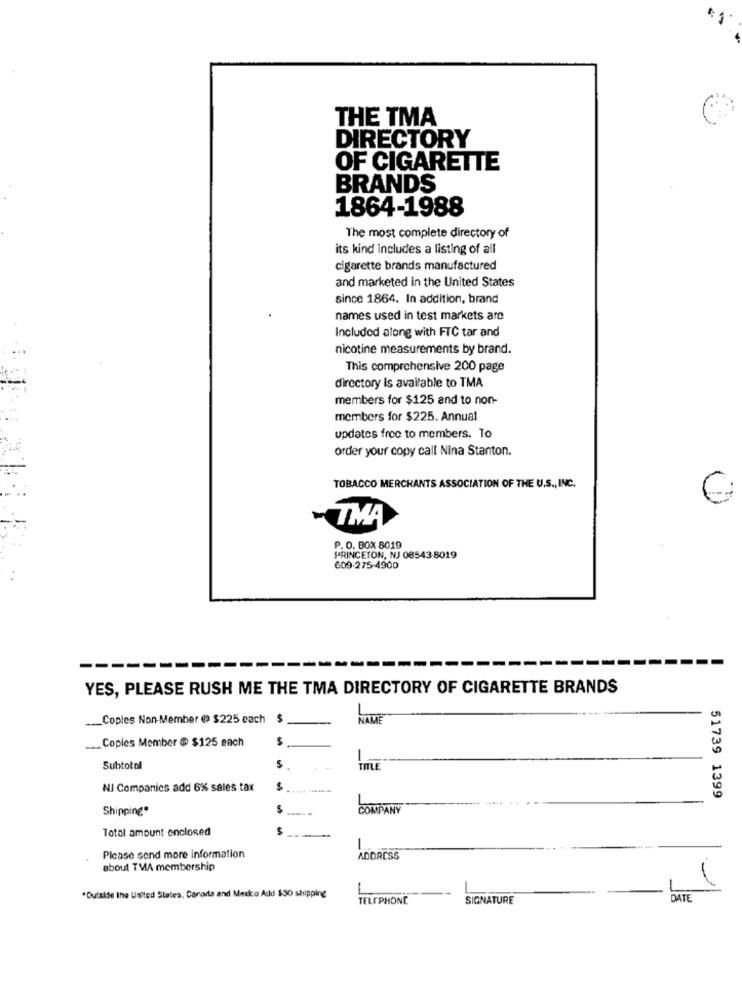
THE TMA
DIRECTORY
OF CIGARETTE
BRANDS
1864-1988
The most complete directory of
its kind includes a listing of all
cigarette brands manufactured
and marketed in the United States
since 1864. In addition, brand
names used in test markets are
Included along with FTC tar and
nicotine measurements by brand.
This comprehensive 200 page
directory is available to TMA
members for $125 and to non-
members for $225. Annual
updates free to members. To
order your copy call Nina Stanton.
TOBACCO MERCHANTS ASSOCIATION OF THE U.S ., INC.
TMA
P. O. BOX 8019
PRINCETON, NJ 08543-8019
609-275-4900
--------
YES, PLEASE RUSH ME THE TMA DIRECTORY OF CIGARETTE BRANDS
__ Coples Non-Member @ $225 each
$
NAME
Copies Member @ $125 each
$
-
Subtotal
ITLE
NI Companies add 6% sales tax
51739 1399
Shipping*
S
COMPANY
Total amount enclosed
-
Please send more information
ADDRESS
about TMA membership
"Outside the United States, Canaria and Medko Add $30 shipping
TELEPHONE
SIGNATURE
DATE